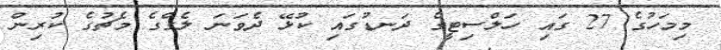
މިމަހުގެ 27 ގައި ހަލްސިޓީގެ ދަނޑުގައި ކުޅޭ ދެވަނަ ލެގްގެ މެޗުގެ ކުރިން